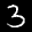
Label: 3